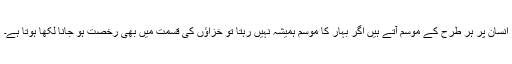
انسان پر ہر طرح کے موسم آتے ہیں اگر بہار کا موسم ہمیشہ نہیں رہتا تو خزاﺅں کی قسمت میں بھی رخصت ہو جانا لکھا ہوتا ہے۔